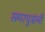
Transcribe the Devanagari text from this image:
सगरपुत्रांनी